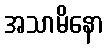
အသာမိနော